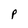
Character: P